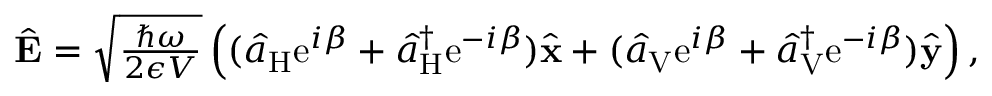
\begin{array} { r } { \hat { \bf E } = \sqrt { \frac { \hbar \omega } { 2 \epsilon V } } \left( ( \hat { a } _ { \mathrm { H } } \mathrm { e } ^ { i \beta } + \hat { a } _ { \mathrm { H } } ^ { \dagger } \mathrm { e } ^ { - i \beta } ) \hat { \bf x } + ( \hat { a } _ { \mathrm { V } } \mathrm { e } ^ { i \beta } + \hat { a } _ { \mathrm { V } } ^ { \dagger } \mathrm { e } ^ { - i \beta } ) \hat { \bf y } \right) , } \end{array}